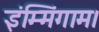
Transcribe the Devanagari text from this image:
इंम्मिंगाम।